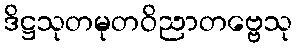
ဒိဋ္ဌသုတမုတဝိညာတဗ္ဗေသု